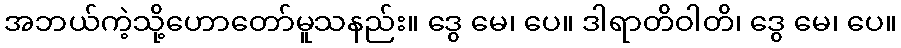
အဘယ်ကဲ့သို့ဟောတော်မူသနည်း။ ဒွေ မေ၊ ပေ။ ဒါရာတိဝါတိ၊ ဒွေ မေ၊ ပေ။